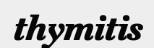
thymitis